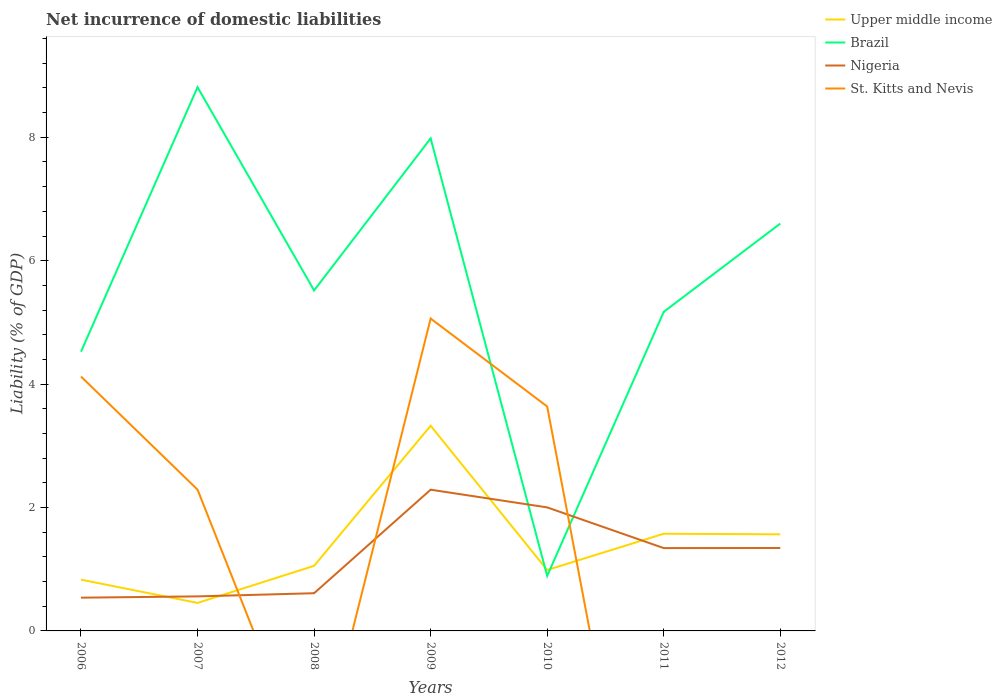
| Years | Upper middle income | Brazil | Nigeria | St. Kitts and Nevis |
 | --- | --- | --- | --- | --- |
 | 2006 | 0.831 | 4.53 | 0.539 | 4.12 |
 | 2007 | 0.454 | 8.81 | 0.56 | 2.29 |
 | 2008 | 1.05 | 5.52 | 0.611 | -2.48 |
 | 2009 | 3.33 | 7.98 | 2.29 | 5.06 |
 | 2010 | 0.987 | 0.892 | 2 | 3.64 |
 | 2011 | 1.57 | 5.17 | 1.34 | -6.31 |
 | 2012 | 1.57 | 6.6 | 1.34 | -7.6 |